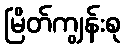
မြိတ်ကျွန်းစု